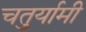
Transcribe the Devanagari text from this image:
चतुर्यामी